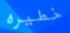
خطيره